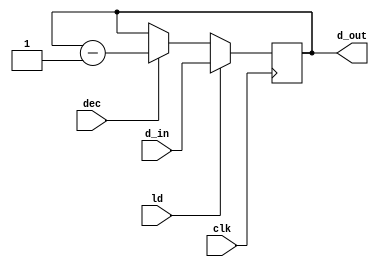
module CNTR(d_out,d_in,ld,dec,clk);
	input ld,dec,clk;
	input [15:0] d_in;
	output reg [15:0] d_out;
	
	always @(posedge clk)
		begin
			if(ld)
				begin
					d_out <= d_in;
				end
			else if(dec)
				begin
					d_out <= d_out - 1;
				end
		end
endmodule